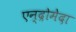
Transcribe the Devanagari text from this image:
एन्द्रोमेदा